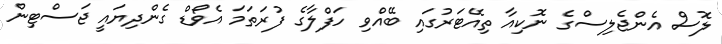
ލޮސް އެންޖެލިސްގެ ނޮކިއާ ތިއޭޓަރުގައި ބޭއްވި ހަފްލާގެ ފުރަތަމަ އެވޯޑް ގެންދިޔައީ ޖަސްޓިން